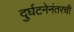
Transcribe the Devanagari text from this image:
दुर्घटनेनंतरची